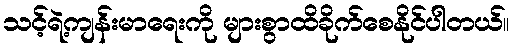
သင့်ရဲ့ကျန်းမာရေးကို များစွာထိခိုက်စေနိုင်ပါတယ်။